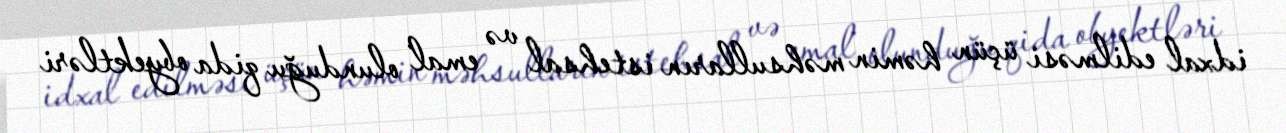
idxal edilməsi üçün həmin məhsulların istehsal və emal olunduğu qida obyektləri